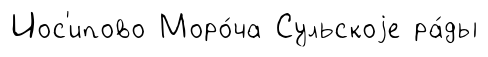
Иос'ипово Моро́ча Сульскоjе ра́ды